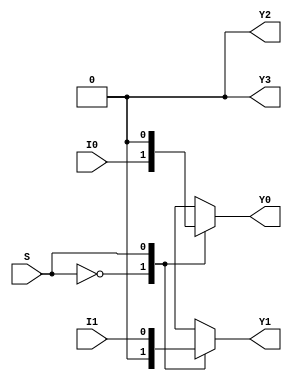
module demux_2to4 (
    input wire I0,
    input wire I1,
    input wire S,
    output reg Y0,
    output reg Y1,
    output reg Y2,
    output reg Y3
);

always @(*) begin
    case (S)
        2'b00: begin // Select input is 00
            Y0 = I0;
            Y1 = 1'b0;
            Y2 = 1'b0;
            Y3 = 1'b0;
        end
        2'b01: begin // Select input is 01
            Y0 = 1'b0;
            Y1 = I1;
            Y2 = 1'b0;
            Y3 = 1'b0;
        end
        2'b10: begin // Select input is 10
            Y0 = 1'b0;
            Y1 = 1'b0;
            Y2 = I0;
            Y3 = 1'b0;
        end
        2'b11: begin // Select input is 11
            Y0 = 1'b0;
            Y1 = 1'b0;
            Y2 = 1'b0;
            Y3 = I1;
        end
    endcase
end

endmodule